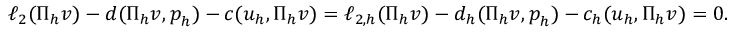
\begin{array} { r } { \ell _ { 2 } ( \Pi _ { h } \boldsymbol { v } ) - d ( \Pi _ { h } \boldsymbol { v } , \boldsymbol { p } _ { h } ) - c ( \boldsymbol { u } _ { h } , \Pi _ { h } \boldsymbol { v } ) = \ell _ { 2 , h } ( \Pi _ { h } \boldsymbol { v } ) - d _ { h } ( \Pi _ { h } \boldsymbol { v } , \boldsymbol { p } _ { h } ) - c _ { h } ( \boldsymbol { u } _ { h } , \Pi _ { h } \boldsymbol { v } ) = 0 . } \end{array}